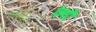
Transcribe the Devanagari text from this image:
क्यौ